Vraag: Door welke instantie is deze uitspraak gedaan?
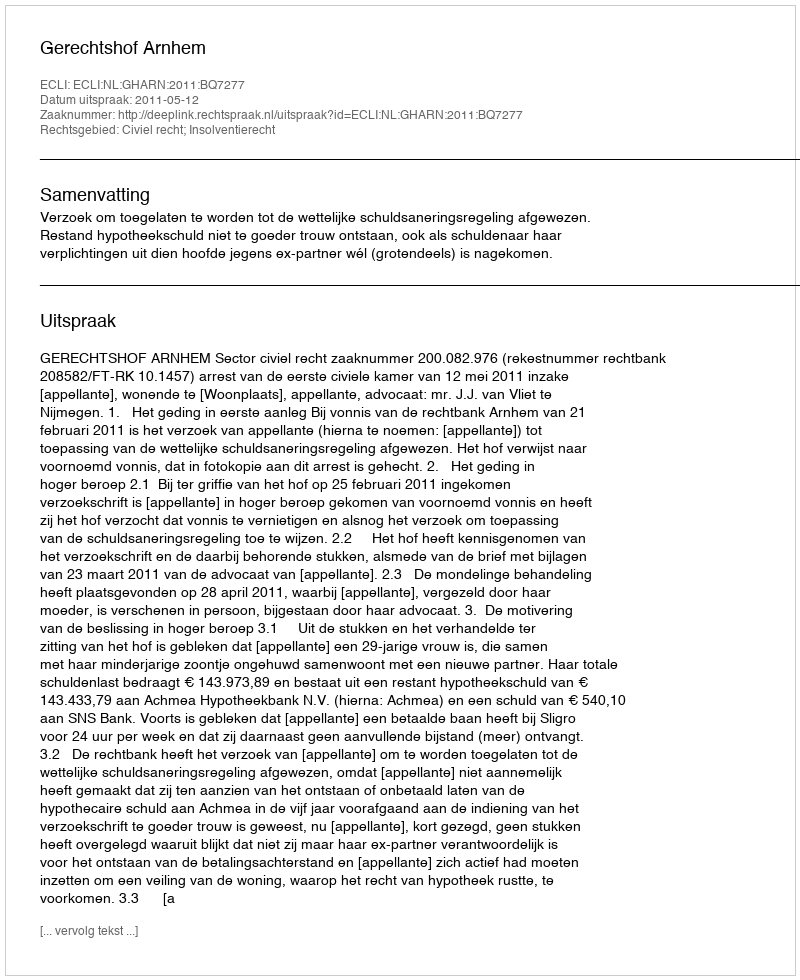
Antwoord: Gerechtshof Arnhem